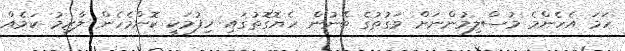
ހަމަ އެހެންމެ މުސްލިމުންނަށް ވަގުތުގެ ބޭނުން ހެޔޮގޮތުގައި ހިފުމަކީ ކޮންމެހެން ލާޒިމު ކަމެއް